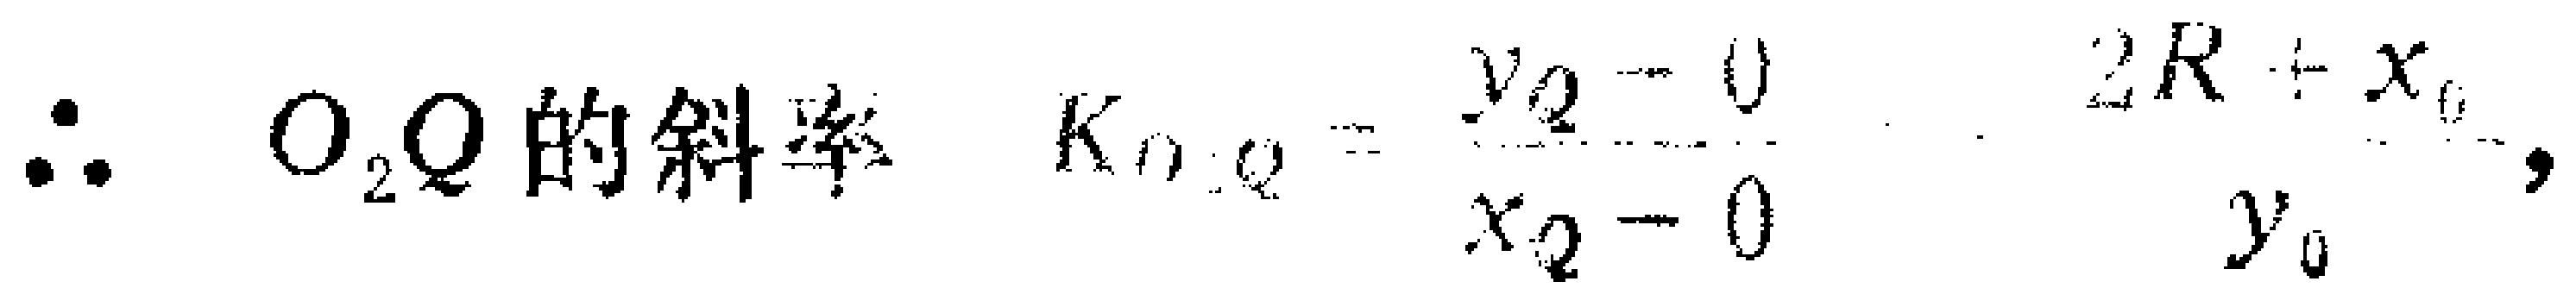
\(\therefore\) \(O_{2}Q\) 的斜率 \(K_{O_{2}Q}=\dfrac{y_{2} - 0}{x_{2}-0}=\dfrac{2R + x_{0}}{y_{0}}\)，